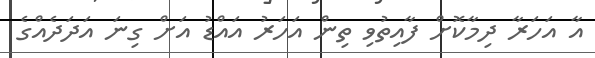
އާ އަހަރާ ދިމާކޮށް ފާއިތުވި ތިން އަހަރު އައްޑު އަށް ގިނަ އަދަދެއްގެ